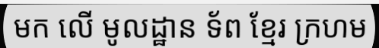
មក លើ មូលដ្ឋាន ទ័ព ខ្មែរ ក្រហម